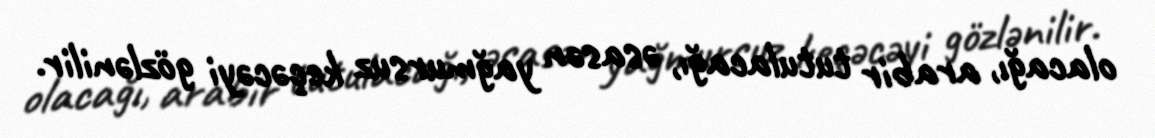
olacağı, arabir tutulacağı, əsasən yağmursuz keçəcəyi gözlənilir.